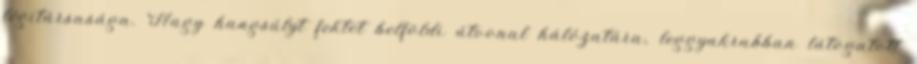
légitársasága. Nagy hangsúlyt fektet belföldi útvonal hálózatára, leggyakrabban látogatott